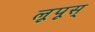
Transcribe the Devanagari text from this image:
लूपूस्